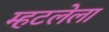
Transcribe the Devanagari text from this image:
म्हटलेला